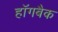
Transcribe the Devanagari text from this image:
हॉगबैक